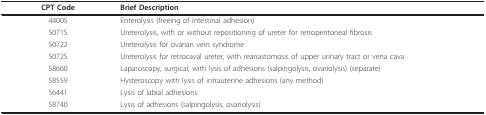
| CPT Code | Brief Description |
 | --- | --- |
 | 44005 | Enterolysis (freeing of intestinal adhesion) |
 | 50715 | Ureterolysis, with or without repositioning of ureter for retroperitoneal fibrosis |
 | 50722 | Ureterolysis for ovarian vein syndrome |
 | 50725 | Ureterolysis for retrocaval ureter, with reanastomosis of upper urinary tract or vena cava |
 | 58660 | Laparoscopy, surgical; with lysis of adhesions (salpingolysis, ovariolysis) (separate) |
 | 58559 | Hysteroscopy with lysis of intrauterine adhesions (any method) |
 | 56441 | Lysis of labial adhesions |
 | 58740 | Lysis of adhesions (salpingolysis, ovariolysis) |